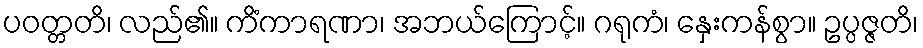
ပဝတ္တတိ၊ လည်၏။ ကိံကာရဏာ၊ အဘယ်ကြောင့်။ ဂရုကံ၊ နှေးကန်စွာ။ ဥပ္ပဇ္ဇတိ၊